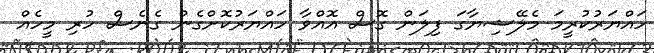
ހައްޔަރުކުރީމަ މެލޭޝިޔާގަ ފިލަން ގޮސް އޮއްވާ ހައްޔަރުކޮށްގެން ގެނެސް ހުރި މީހެއް